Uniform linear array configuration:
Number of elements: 32
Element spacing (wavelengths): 0.25
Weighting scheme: binomial
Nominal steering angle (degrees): -60
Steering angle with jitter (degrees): -59.909
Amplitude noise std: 0.05
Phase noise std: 0.05

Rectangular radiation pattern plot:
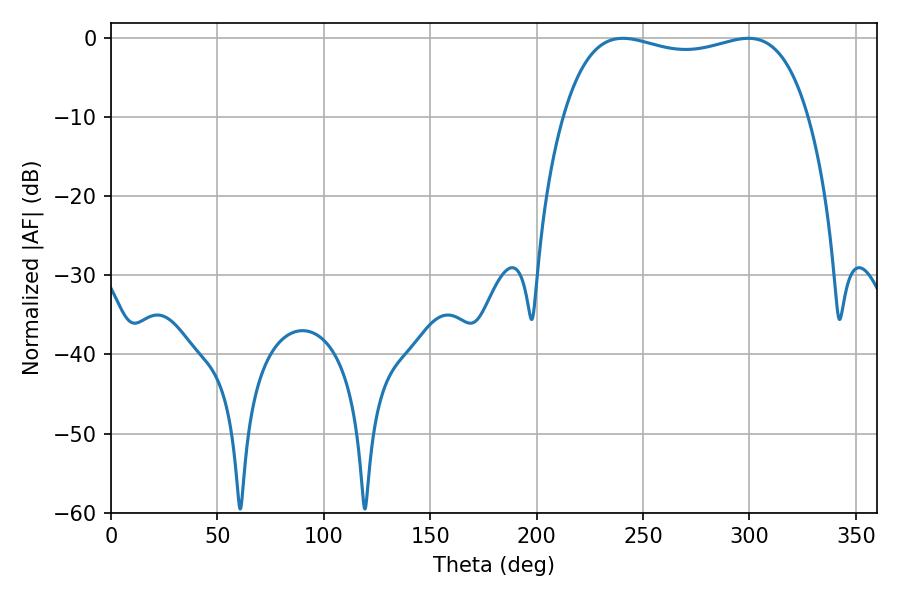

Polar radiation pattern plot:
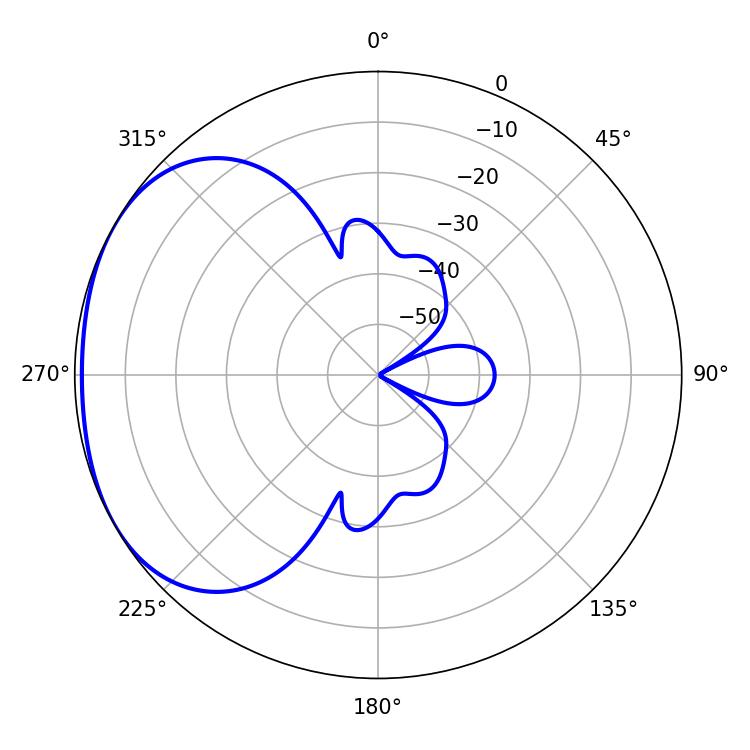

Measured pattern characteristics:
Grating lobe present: FALSE
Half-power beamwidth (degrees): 93.6
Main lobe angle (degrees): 240.48